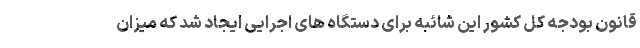
قانون بودجه کل کشور این شائبه برای دستگاه های اجرایی ایجاد شد که میزان